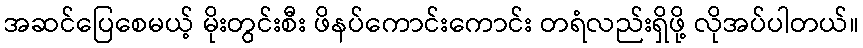
အဆင်ပြေစေမယ့် မိုးတွင်းစီး ဖိနပ်ကောင်းကောင်း တရံလည်းရှိဖို့ လိုအပ်ပါတယ်။